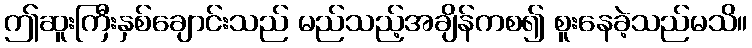
ဤဆူးကြီးနှစ်ချောင်းသည် မည်သည့်အချိန်ကစ၍ စူးနေခဲ့သည်မသိ။